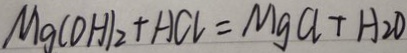
M g ( O H ) _ { 2 } + H C l = M g C l + H _ { 2 } O